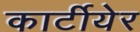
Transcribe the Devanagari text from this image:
कार्टीयेर